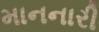
માનનારી